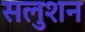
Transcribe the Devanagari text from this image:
सलुशन